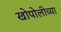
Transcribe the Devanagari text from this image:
खोपोलीच्या